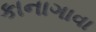
કાનાગાવા